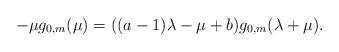
LaTeX: \begin{align*}-\mu g_{0,m}(\mu)=((a-1)\lambda-\mu+b) g_{0,m}(\lambda+\mu).\end{align*}